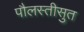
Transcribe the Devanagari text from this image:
पौलस्तीसुत